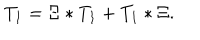
T _ { 1 } = \Xi \ast T _ { 1 } + T _ { 1 } \ast \Xi .